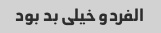
الفردو خیلی بد بود